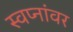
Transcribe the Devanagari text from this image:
स्वप्नांवर